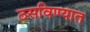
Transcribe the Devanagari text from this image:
ठसविण्यात